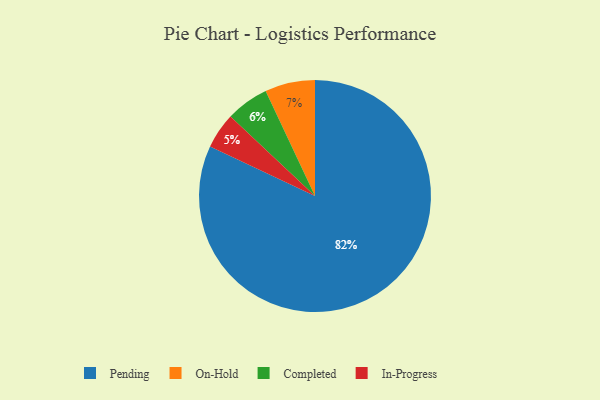
{"axis": {"x": "Category", "y": "Percentage"}, "legend": ["Completed", "In-Progress", "On-Hold", "Pending"], "data": [{"x": "In-Progress", "y": 5, "type": "In-Progress"}, {"x": "On-Hold", "y": 7, "type": "On-Hold"}, {"x": "Pending", "y": 82, "type": "Pending"}, {"x": "Completed", "y": 6, "type": "Completed"}]}